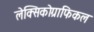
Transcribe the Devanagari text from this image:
लेक्सिकोग्राफिकल